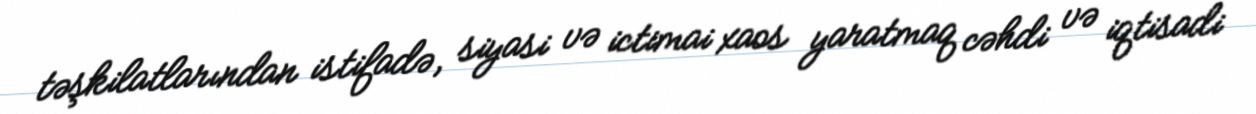
təşkilatlarından istifadə, siyasi və ictimai xaos yaratmaq cəhdi və iqtisadi